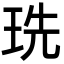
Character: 珗